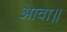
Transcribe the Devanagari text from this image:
आवा॥